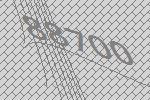
88700